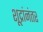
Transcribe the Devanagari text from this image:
शूद्रांनंतर